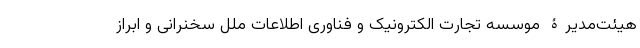
هیئت‌مدیرۀ موسسه تجارت الکترونیک و فناوری اطلاعات ملل سخنرانی و ابراز